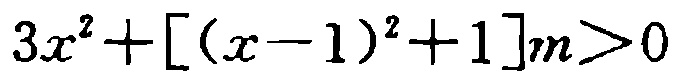
\(3x^{2}+[(x - 1)^{2}+1]m>0\)